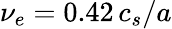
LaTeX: \nu_{e}=0.42\, c_{s}/a